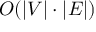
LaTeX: O ( | V | \cdot | E | )